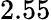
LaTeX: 2.55